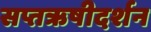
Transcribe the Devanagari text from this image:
सप्तऋषीदर्शन